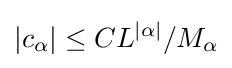
\left|c_{\alpha }\right|\leq CL^{\left|\alpha \right|}/M_{\alpha }